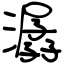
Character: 潺